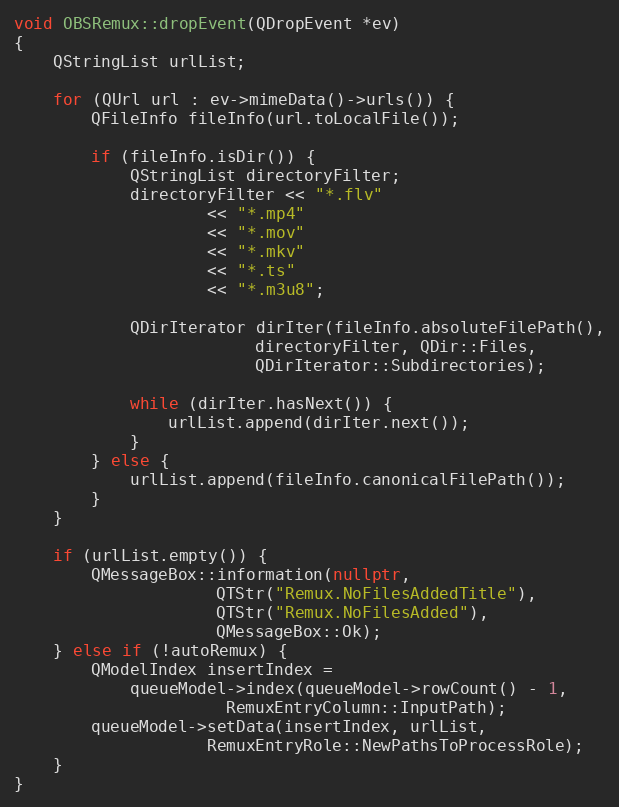
Language: C++
void OBSRemux::dropEvent(QDropEvent *ev)
{
	QStringList urlList;

	for (QUrl url : ev->mimeData()->urls()) {
		QFileInfo fileInfo(url.toLocalFile());

		if (fileInfo.isDir()) {
			QStringList directoryFilter;
			directoryFilter << "*.flv"
					<< "*.mp4"
					<< "*.mov"
					<< "*.mkv"
					<< "*.ts"
					<< "*.m3u8";

			QDirIterator dirIter(fileInfo.absoluteFilePath(),
					     directoryFilter, QDir::Files,
					     QDirIterator::Subdirectories);

			while (dirIter.hasNext()) {
				urlList.append(dirIter.next());
			}
		} else {
			urlList.append(fileInfo.canonicalFilePath());
		}
	}

	if (urlList.empty()) {
		QMessageBox::information(nullptr,
					 QTStr("Remux.NoFilesAddedTitle"),
					 QTStr("Remux.NoFilesAdded"),
					 QMessageBox::Ok);
	} else if (!autoRemux) {
		QModelIndex insertIndex =
			queueModel->index(queueModel->rowCount() - 1,
					  RemuxEntryColumn::InputPath);
		queueModel->setData(insertIndex, urlList,
				    RemuxEntryRole::NewPathsToProcessRole);
	}
}